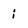
Character: i